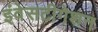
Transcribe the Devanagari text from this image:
इंवेसटीगेशन